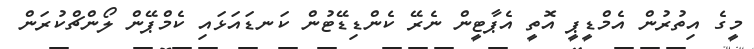
މީގެ އިތުރުން އެމްޑީޕީ އޮތީ އެޕާޓީން ނެރޭ ކެންޑިޑޭޓުން ކަނޑައަޅައި ކެމްޕޭން ލޯންޗްކުރަން